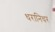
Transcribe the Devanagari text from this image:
धरानिधर